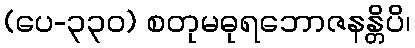
(ပေ-၃၃၀) စတုမဓုရဘောဇနန္တိပိ၊